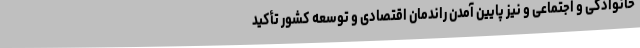
خانوادگی و اجتماعی و نیز پایین آمدن راندمان اقتصادی و توسعه کشور تأکید